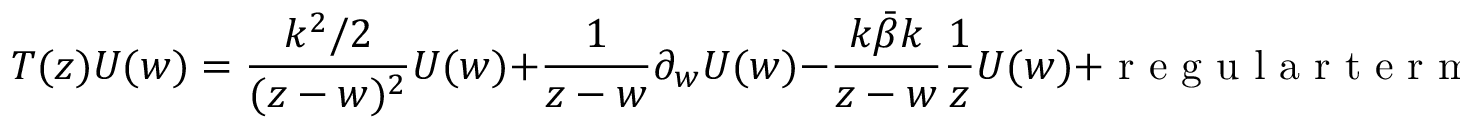
T ( z ) U ( w ) = \frac { k ^ { 2 } / 2 } { ( z - w ) ^ { 2 } } U ( w ) + \frac { 1 } { z - w } \partial _ { w } U ( w ) - \frac { k \bar { \beta } k } { z - w } \frac { 1 } { z } U ( w ) + \textrm { r e g u l a r t e r m } .